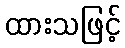
ထားသဖြင့်